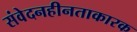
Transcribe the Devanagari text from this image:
संवेदनहीनताकारक